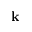
\mathbf { k }